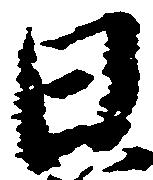
日